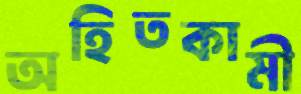
অহিতকামী